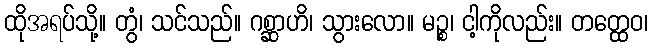
ထိုအရပ်သို့။ တွံ၊ သင်သည်။ ဂစ္ဆာဟိ၊ သွားလော။ မဉ္စ၊ ငါ့ကိုလည်း။ တတ္ထေဝ၊